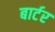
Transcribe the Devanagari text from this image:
बार्टर